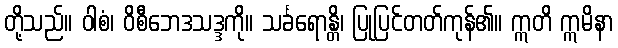
တို့သည်။ ဝါစံ၊ ဝိစီဘေဒသဒ္ဒကို။ သင်္ခရောန္တိ၊ ပြုပြင်တတ်ကုန်၏။ ဣတိ ဣမိနာ